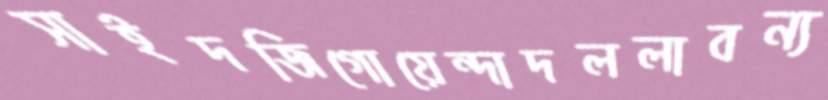
সাইদজিগোয়েন্দাদললাবন্য